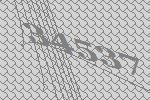
34537